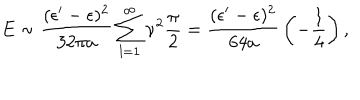
E \sim { \frac { ( \epsilon ^ { \prime } - \epsilon ) ^ { 2 } } { 3 2 \pi a } } \sum _ { l = 1 } ^ { \infty } \nu ^ { 2 } { \frac { \pi } { 2 } } = { \frac { ( \epsilon ^ { \prime } - \epsilon ) ^ { 2 } } { 6 4 a } } \left( - { \frac { 1 } { 4 } } \right) ,